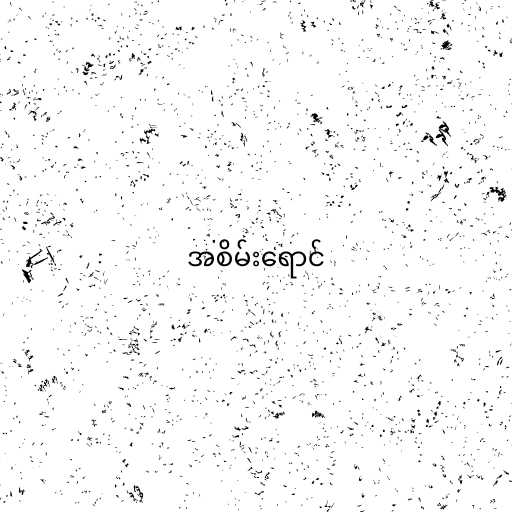
အစိမ်းရောင်